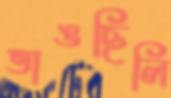
ভাঙছিলি